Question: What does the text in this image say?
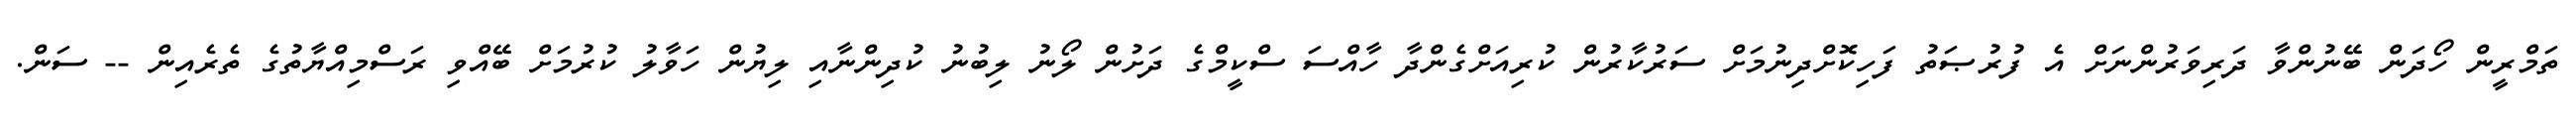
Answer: ތަމްރީން ހޯދަން ބޭނުންވާ ދަރިވަރުންނަށް އެ ފުރުޞަތު ފަހިކޮށްދިނުމަށް ސަރުކާރުން ކުރިއަށްގެންދާ ހާއްސަ ސްކީމްގެ ދަށުން ލޯނު ލިބުނު ކުދިންނާއި ލިޔުން ހަވާލު ކުރުމަށް ބޭއްވި ރަސްމިއްޔާތުގެ ތެރެއިން -- ސަން.